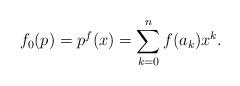
LaTeX: \begin{align*} f_{0}(p)= p^{f}(x)=\sum_{k=0}^{n}f(a_{k})x^{k}. \end{align*}